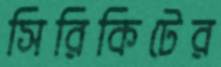
সিরিকিটের